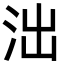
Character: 泏